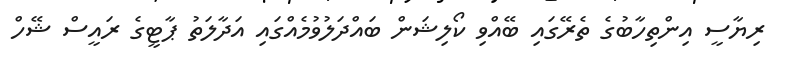
ރިޔާސީ އިންތިހާބުގެ ތެރޭގައި ބޭއްވި ކޯލިޝަން ބައްދަލުވުމެއްގައި އަދާލަތު ޕާޓީގެ ރައީސް ޝޭހް